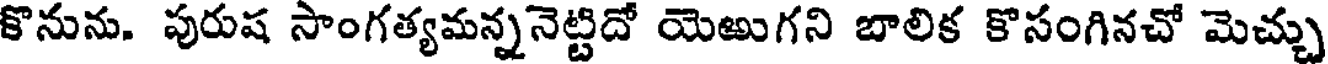
కొనును. పురుష సాంగత్యమన్ననెట్టిదో యెఱుగని బాలిక కొసంగినచో మెచ్చు